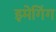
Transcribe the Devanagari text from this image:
इमेगिंग